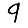
Digit: 9